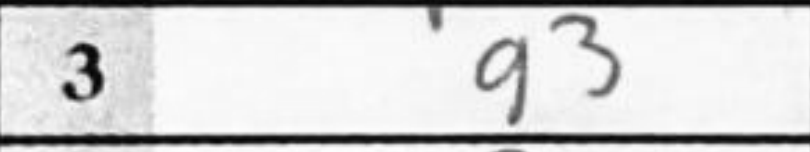
Transcription: g3